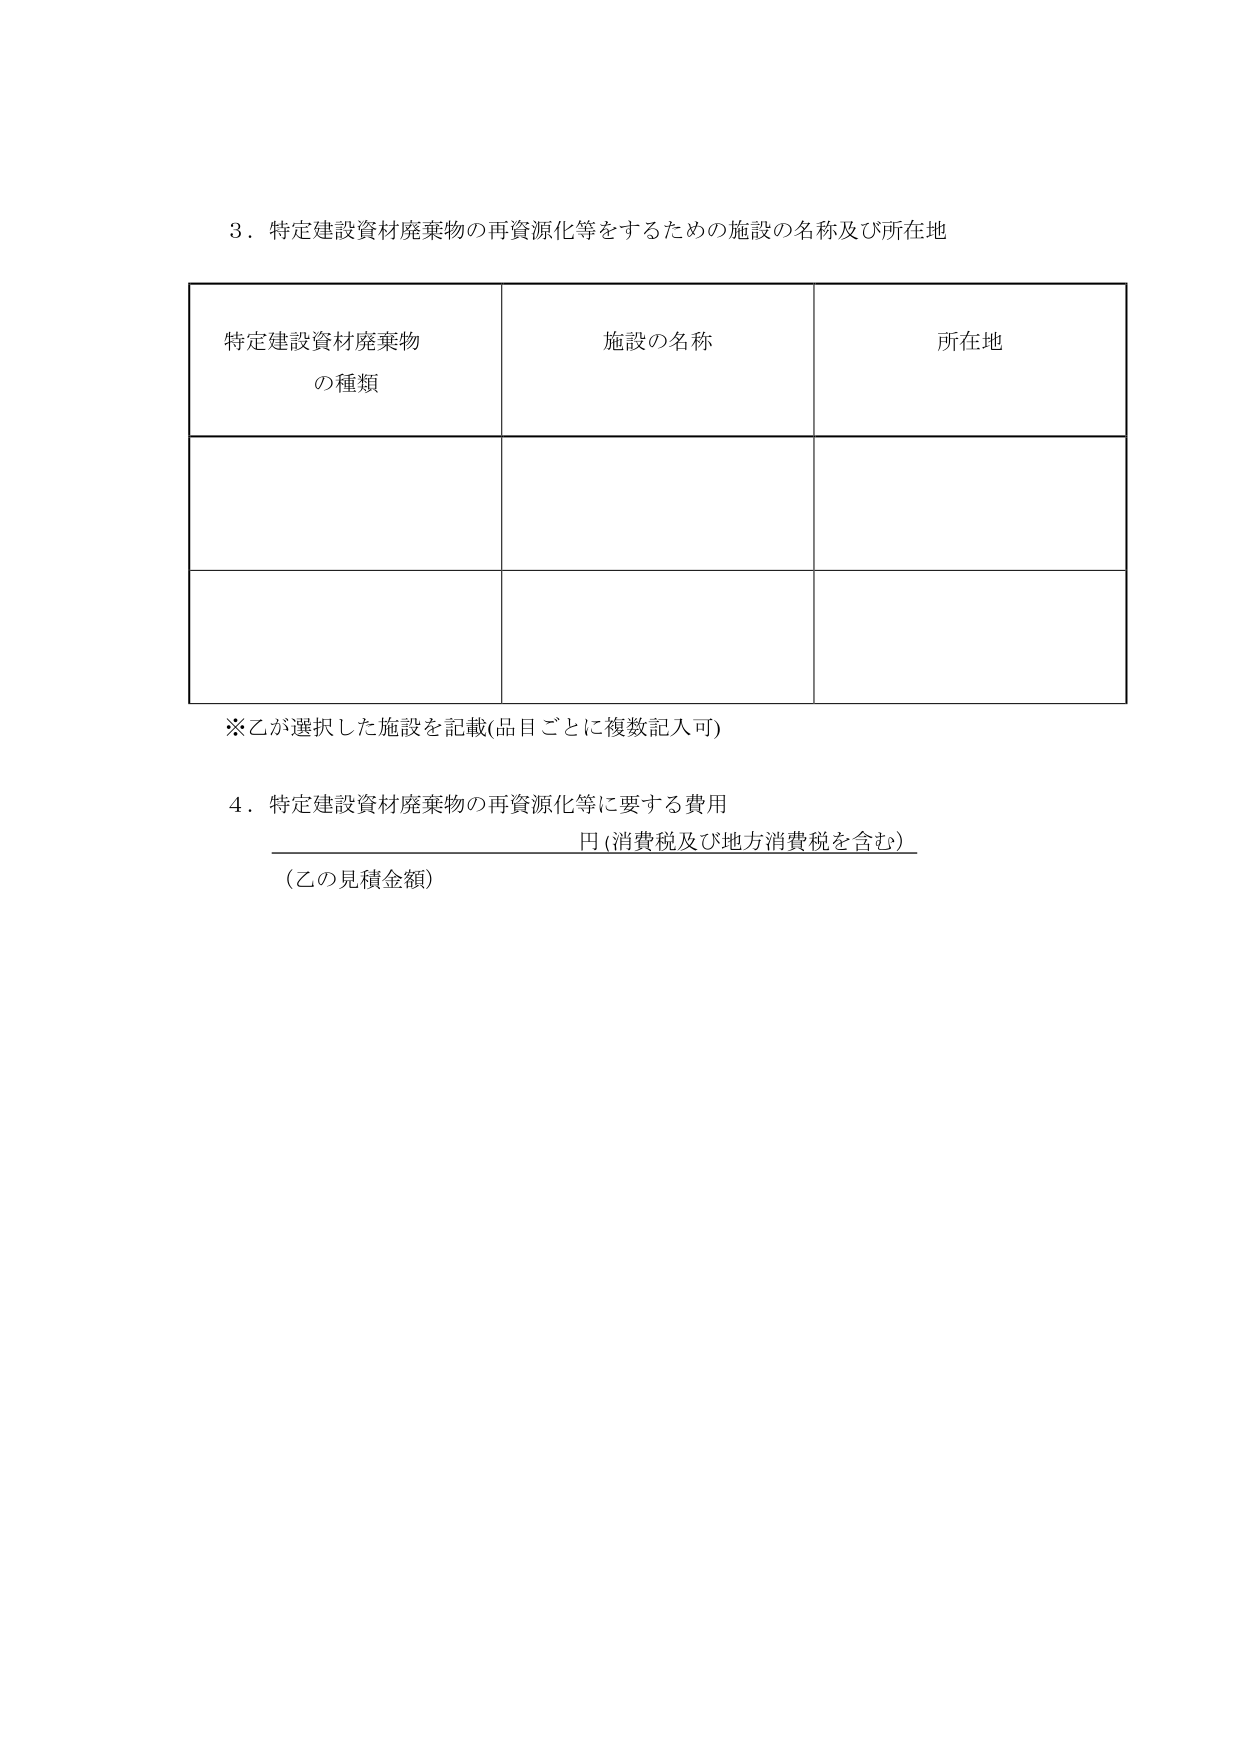
3．特定建設資材廃棄物の再資源化等をするための施設の名称及び所在地

特定建設資材廃棄物
の種類　　　　　　　　　　施設の名称　　　　　　　　　　所在地

※乙が選択した施設を記載(品目ごとに複数記入可)

4．特定建設資材廃棄物の再資源化等に要する費用
　　　　　　　　　　　　　　　　　　　　　　円（消費税及び地方消費税を含む）
（乙の見積金額）